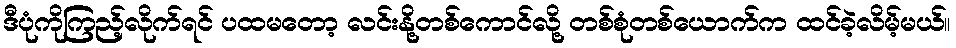
ဒီပုံကိုကြည့်လိုက်ရင် ပထမတော့ လင်းနို့တစ်ကောင်လို့ တစ်စုံတစ်ယောက်က ထင်ခဲ့လိမ့်မယ်။